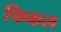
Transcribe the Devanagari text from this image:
फिकल